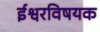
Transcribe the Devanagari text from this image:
ईश्वरविषयक